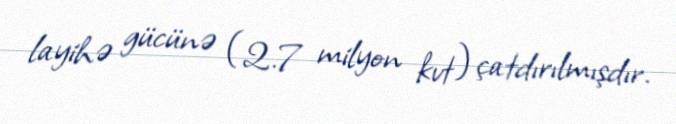
layihə gücünə (2.7 milyon kvt) çatdırılmışdır.